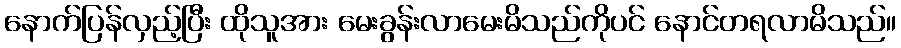
နောက်ပြန်လှည့်ပြီး ထိုသူအား မေးခွန်းလာမေးမိသည်ကိုပင် နောင်တရလာမိသည်။